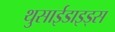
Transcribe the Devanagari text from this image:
थुसाईडाइड्स